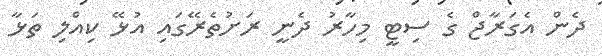
ދެން އެގަރާޖް ގެ ސިޓީ މިހާރު ދެނީ ރަށުތެރޭގައި އުޅޭ ކިއްލި ތަޅާ